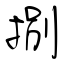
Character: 捌